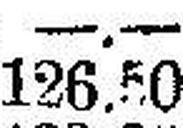
126.50